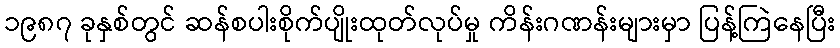
၁၉၈၇ ခုနှစ်တွင် ဆန်စပါးစိုက်ပျိုးထုတ်လုပ်မှု ကိန်းဂဏန်းများမှာ ပြန့်ကြဲနေပြီး